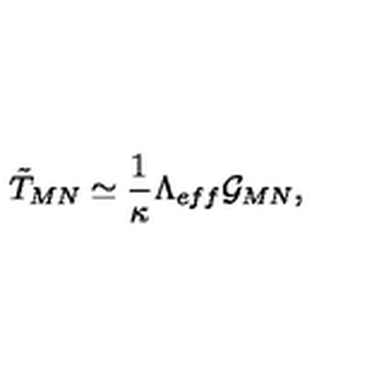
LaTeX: \tilde { T } _ { M N } \simeq \frac { 1 } { \kappa } \Lambda _ { e f f } \mathcal { G } _ { M N } ,